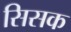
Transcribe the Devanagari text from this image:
सिसक